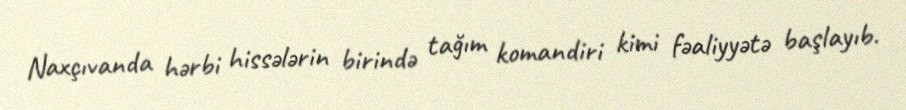
Naxçıvanda hərbi hissələrin birində tağım komandiri kimi fəaliyyətə başlayıb.